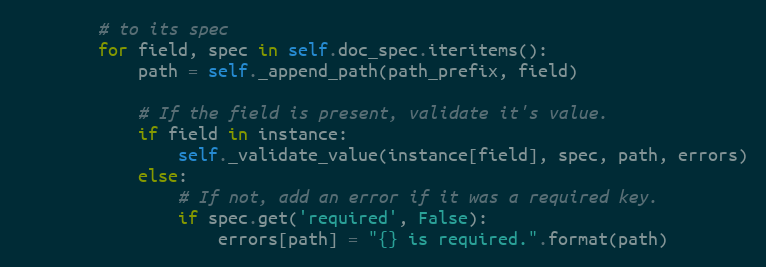
Language: Python
        # to its spec
        for field, spec in self.doc_spec.iteritems():
            path = self._append_path(path_prefix, field)

            # If the field is present, validate it's value.
            if field in instance:
                self._validate_value(instance[field], spec, path, errors)
            else:
                # If not, add an error if it was a required key.
                if spec.get('required', False):
                    errors[path] = "{} is required.".format(path)